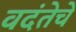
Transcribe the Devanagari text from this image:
वदंतेचे